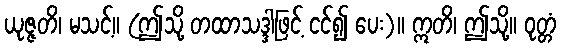
ယုဇ္ဇတိ၊ မသင့်။ (ဤသို့ တထာသဒ္ဒါဖြင့် ငင်၍ ပေး)။ ဣတိ၊ ဤသို့။ ဝုတ္တံ